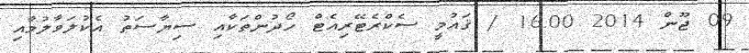
09 ޖޫން 2014 16.00 / ޤައުމީ ސެކްރެޓޭރިއެޓް ހޯދުންތަކާއި ސިޔާސަތު އެކުލަވާލުމާއި